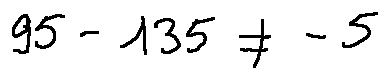
9 5 - 1 3 5 \neq - 5